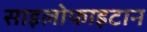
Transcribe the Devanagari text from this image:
साइलोफाइटान